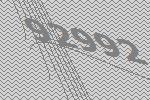
92992